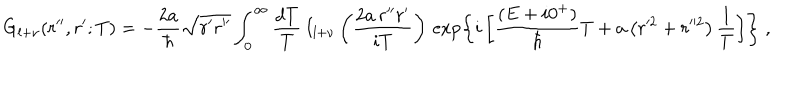
LaTeX: G _ { l + \nu } ( r ^ { \prime \prime } , r ^ { \prime } ; T ) = - \frac { 2 a } { \hbar } \sqrt { r ^ { \prime } r ^ { \prime \prime } } \int _ { 0 } ^ { \infty } \frac { d T } { T } \, I _ { l + \nu } \left( \frac { 2 a \, r ^ { \prime \prime } r ^ { \prime } } { i T } \right) \, \exp \left\{ i \left[ \frac { ( E + i 0 ^ { + } ) } { \hbar } T + a \left( r ^ { 2 } + r ^ { 2 } \right) \frac { 1 } { T } \right] \right\} \; ,